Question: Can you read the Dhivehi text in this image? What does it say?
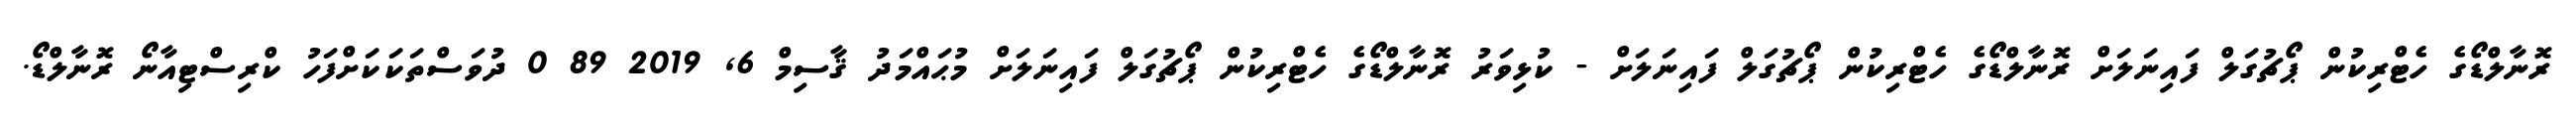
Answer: ރޮނާލްޑޯގެ ހެޓްރިކުން ޕޯޗުގަލް ފައިނަލަށް ރޮނާލްޑޯގެ ހެޓްރިކުން ޕޯޗުގަލް ފައިނަލަށް - ކުޅިވަރު ރޮނާލްޑޯގެ ހެޓްރިކުން ޕޯޗުގަލް ފައިނަލަށް މުޙައްމަދު ޤާސިމް 6, 2019 89 0 ދުވަސްތަކަކަށްފަހު ކްރިސްޓިއާނޯ ރޮނާލްޑޯ.